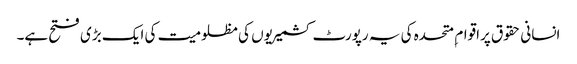
انسانی حقوق پراقوام ِ متحدہ کی یہ رپورٹ کشمیریوں کی مظلومیت کی ایک بڑی فتح ہے۔